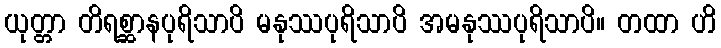
ယုတ္တာ တိရစ္ဆာနပုရိသာပိ မနုဿပုရိသာပိ အမနုဿပုရိသာပိ။ တထာ ဟိ